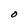
Character: O